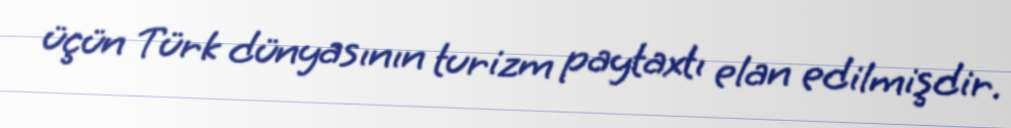
üçün Türk dünyasının turizm paytaxtı elan edilmişdir.